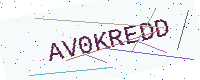
Text: AV0KREDD